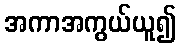
အကာအကွယ်ယူ၍